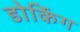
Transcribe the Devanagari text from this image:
डोर्किग